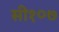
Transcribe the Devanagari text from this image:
सी१०७